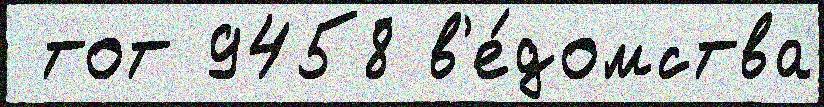
 тот 9458 в'е́домства